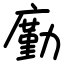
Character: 㢙